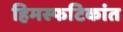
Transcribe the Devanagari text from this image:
हिमस्फटिकांत